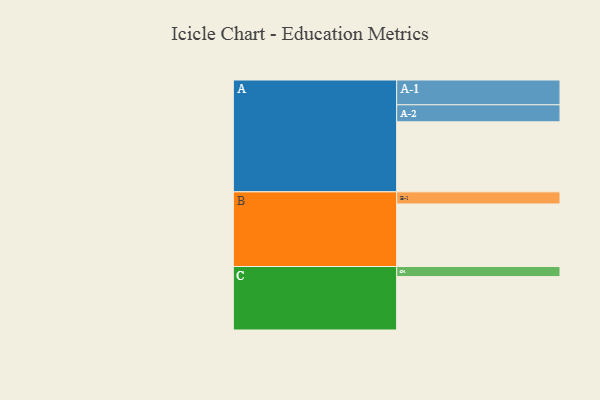
{"axis": {"x": "Segment", "y": "Value"}, "legend": ["", "A", "B", "C"], "data": [{"x": "A", "y": 514, "type": ""}, {"x": "B", "y": 459, "type": ""}, {"x": "C", "y": 392, "type": ""}, {"x": "A-1", "y": 182, "type": "A"}, {"x": "A-2", "y": 125, "type": "A"}, {"x": "B-1", "y": 89, "type": "B"}, {"x": "C-1", "y": 74, "type": "C"}]}